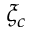
\xi _ { c }